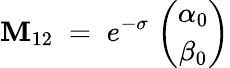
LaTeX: \mathbf{M}_{12}\; =\; e^{-\sigma}\; {\binom{\alpha_{0}}{\beta_{0}}}